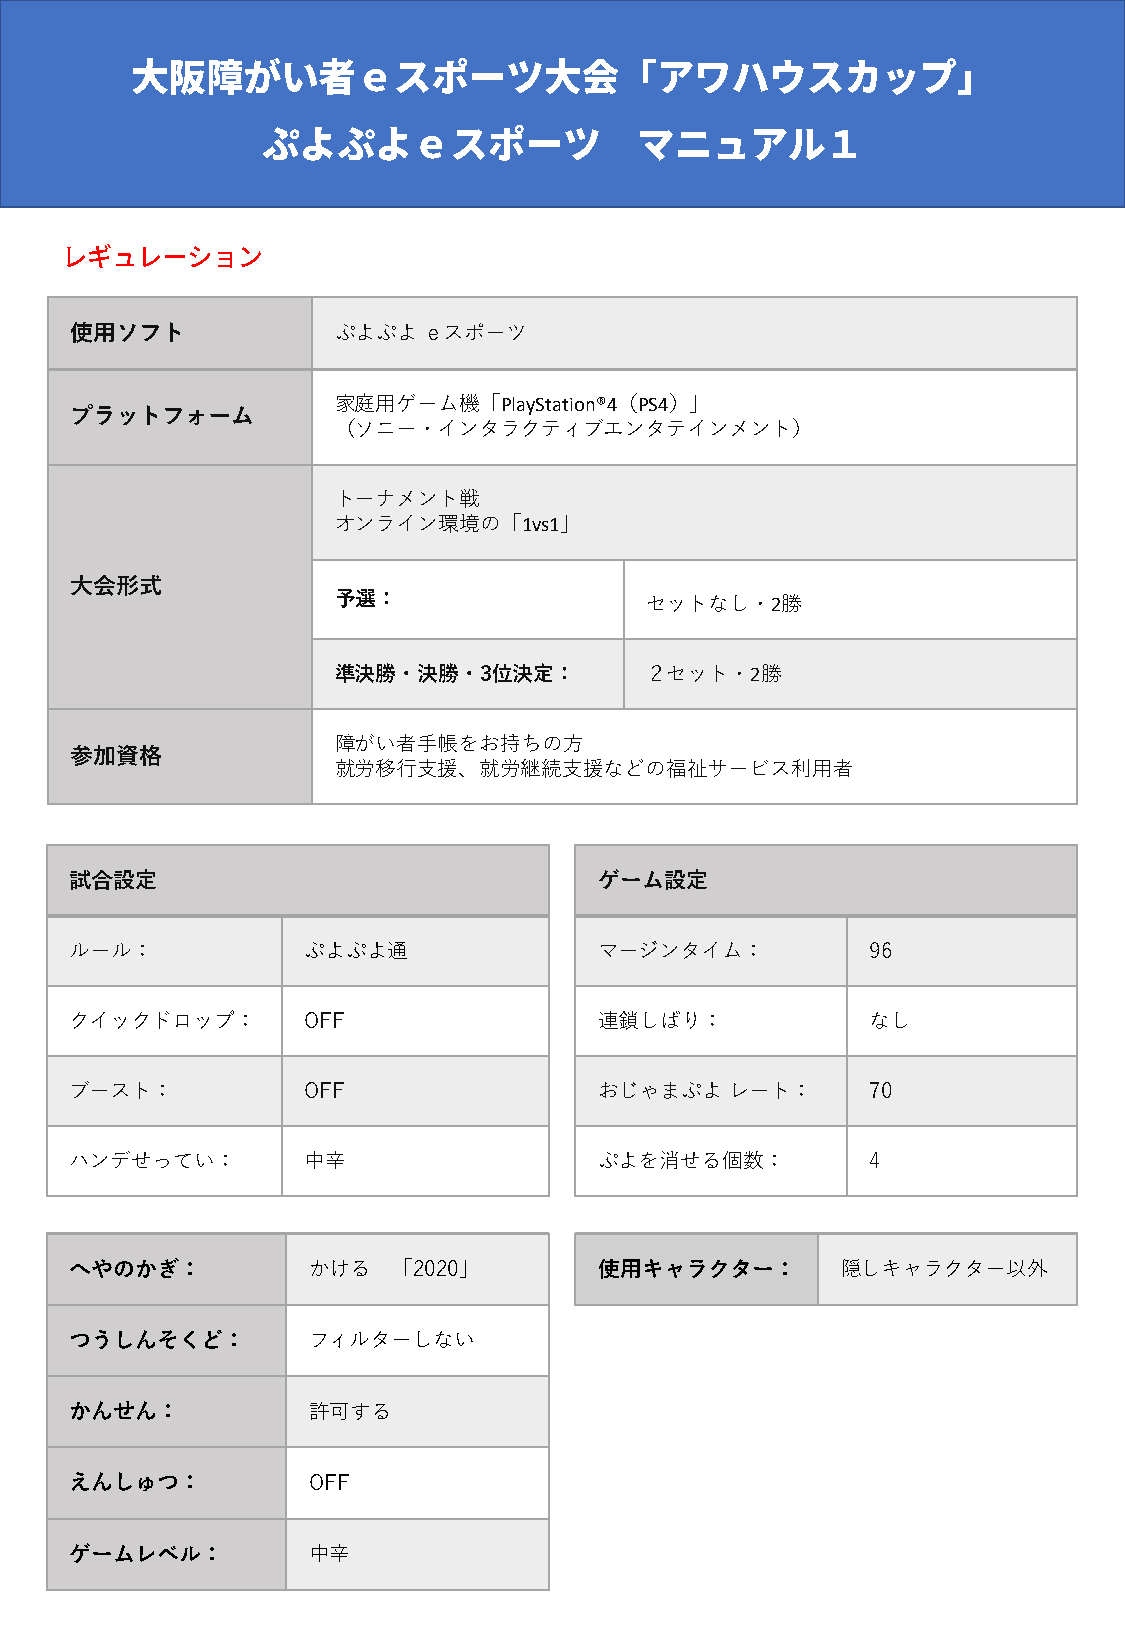
使用ソフト            ぷよぷよ  ｅスポーツ
 家庭用ゲーム機「PlayStation®4（PS4）」
 プラットフォーム
 （ソニー・インタラクティブエンタテインメント）
 トーナメント戦
 オンライン環境の「1vs1」
 大会形式
 予選：                  セットなし・2勝
 準決勝・決勝・3位決定：         ２セット・2勝
 障がい者手帳をお持ちの方
 参加資格
 就労移行支援、就労継続支援などの福祉サービス利用者
 試合設定                               ゲーム設定
 ルール：           ぷよぷよ通               マージンタイム：          96
 クイックドロップ：      OFF                 連鎖しばり：            なし
 ブースト：          OFF                 おじゃまぷよ  レート：      70
 ハンデせってい：       中辛                  ぷよを消せる個数：         4
 へやのかぎ：         かける   「2020」        使用キャラクター：       隠しキャラクター以外
 つうしんそくど：       フィルターしない
 かんせん：          許可する
 えんしゅつ：         OFF
 ゲームレベル：        中辛